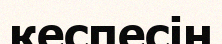
кеспесін